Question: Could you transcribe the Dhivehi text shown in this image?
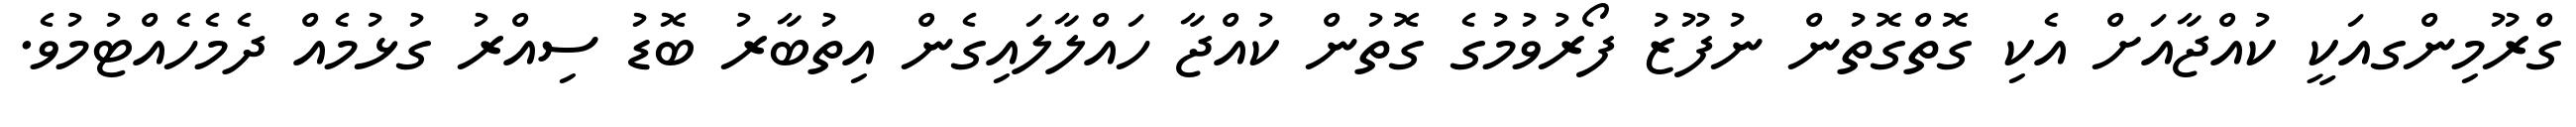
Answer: ގްރޫމިންގއަކީ ކުއްޖާއަށް އެކި ގޮތްގޮތުން ނުފޫޒު ފޯރުވުމުގެ ގޮތުން ކުއްޖާ ހައްލާލައިގެން އިތުބާރު ބޮޑު ސިއްރު ގުޅުމެއް ދެމެހެއްޓުމުވެ.